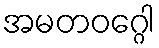
အမတဝဂ္ဂေါ